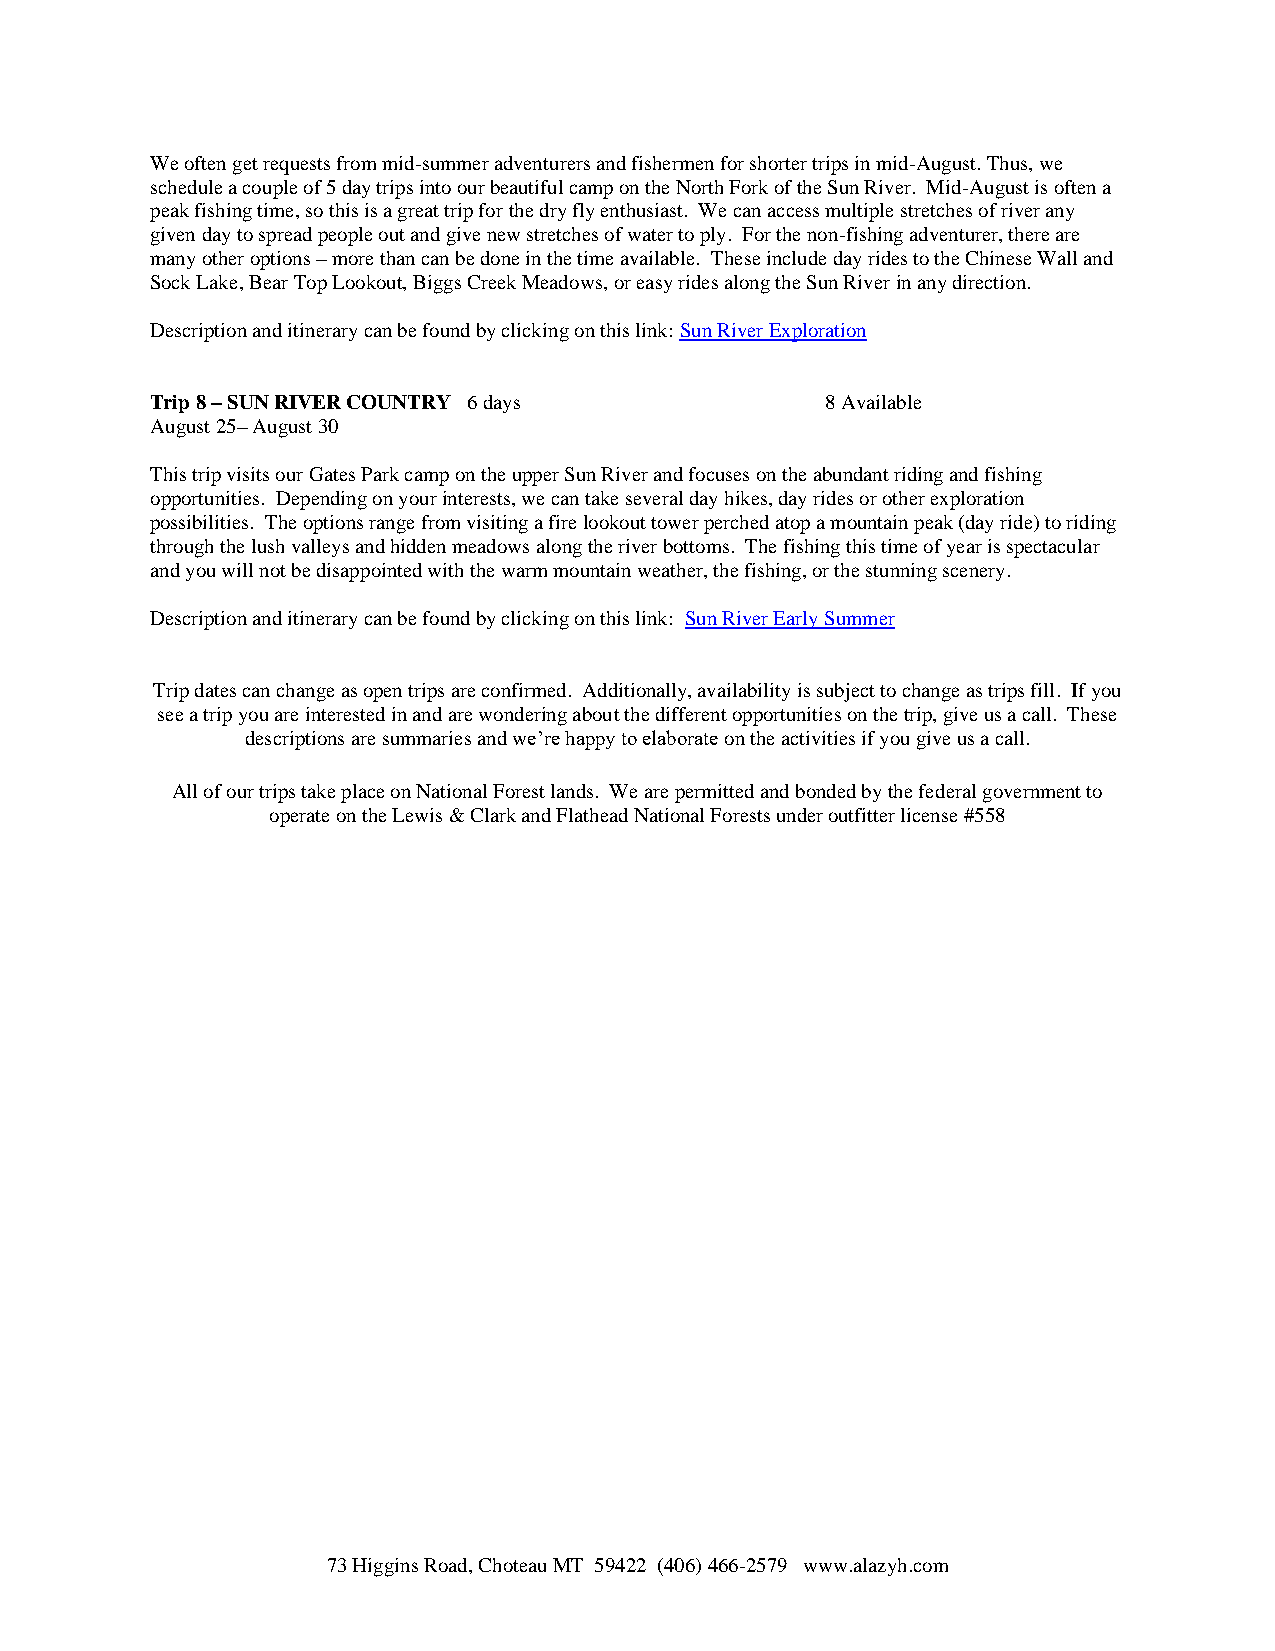
We often get requests from mid-summer adventurers and fishermen for shorter trips in mid-August. Thus, we
 schedule a couple of 5 day trips into our beautiful camp on the North Fork of the Sun River. Mid-August is often a
 peak fishing time, so this is a great trip for the dry fly enthusiast. We can access multiple stretches of river any
 given day to spread people out and give new stretches of water to ply. For the non-fishing adventurer, there are
 many other options – more than can be done in the time available. These include day rides to the Chinese Wall and
 Sock Lake, Bear Top Lookout, Biggs Creek Meadows, or easy rides along the Sun River in any direction.
 Description and itinerary can be found by clicking on this link: Sun River Exploration
 Trip 8 – SUN RIVER COUNTRY 6 days            8 Available
 August 25– August 30
 This trip visits our Gates Park camp on the upper Sun River and focuses on the abundant riding and fishing
 opportunities. Depending on your interests, we can take several day hikes, day rides or other exploration
 possibilities. The options range from visiting a fire lookout tower perched atop a mountain peak (day ride) to riding
 through the lush valleys and hidden meadows along the river bottoms. The fishing this time of year is spectacular
 and you will not be disappointed with the warm mountain weather, the fishing, or the stunning scenery.
 Description and itinerary can be found by clicking on this link: Sun River Early Summer
 Trip dates can change as open trips are confirmed. Additionally, availability is subject to change as trips fill. If you
 see a trip you are interested in and are wondering about the different opportunities on the trip, give us a call. These
 descriptions are summaries and we’re happy to elaborate on the activities if you give us a call.
 All of our trips take place on National Forest lands. We are permitted and bonded by the federal government to
 operate on the Lewis & Clark and Flathead National Forests under outfitter license #558
 73 Higgins Road, Choteau MT 59422 (406) 466-2579 www.alazyh.com